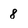
Character: 8